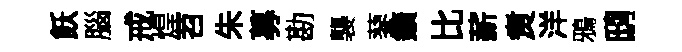
飫腦戒煌苕朱募勘襲蓼鑛比薪煑洋鴉鸱